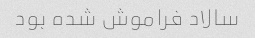
سالاد فراموش شده بود